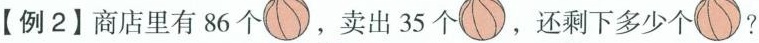
【例2】商店里有86个，卖出35个，还剩下多少个?